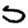
Digit: 5